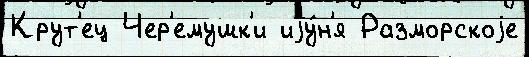
Крут'ец Чер'емушк'и иjу́н'я Разморскоjе